Annual report of lunatic asylums [Bombay] - 1912-1922
Year: 1912
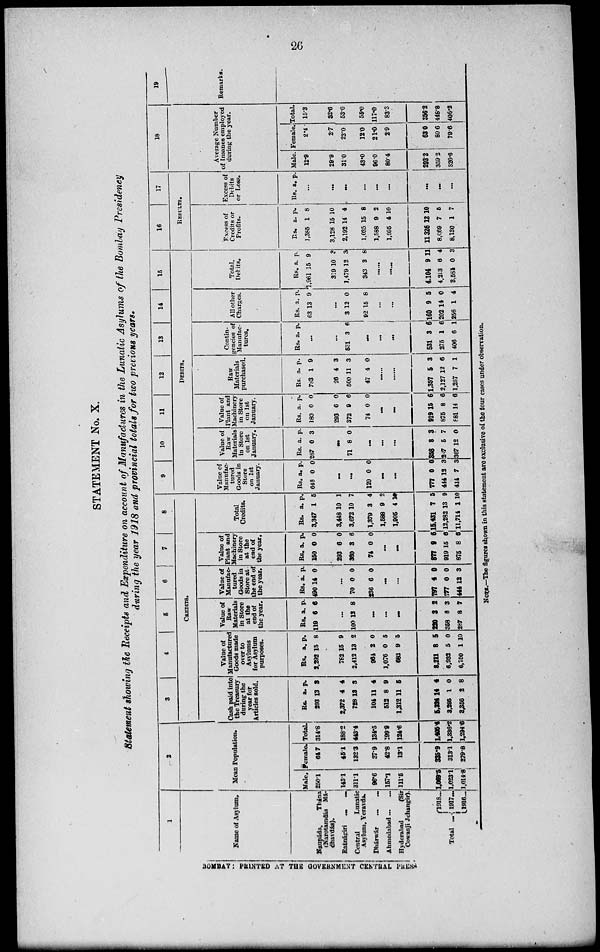
26
STATEMENT No. X.
Statement showing the Receipts and Expenditure on account of Manufactures in the Lunatic Asylums of the Bombay Presidency
during the year 1918 and provincial totals for two previous years.
1
Name of Asylum.
Naupáda,
Thána
(Narotamdás Má-
dhavdás).
Ratnágiri
...
...
Central
Lunatic
Asylum, Yeravda.
Dhárwár
...
...
Ahmedabad ... ...
Hyderabad
(Sir
Cowasji Jehangir).
Total
...
1918 ...
1917 ...
1916 ...
2
Mean Population.
Male.
250.1
143.1
311.1
96.6
157.1
111.5
1,069.5
1,023.1
1,014.8
Female.
64.7
45.1
132.3
37.9
42.8
13.1
335.9
313.1
279.8
Total.
314.8
188.2
443.4
134.5
199.9
124.6
1,405.4
1,336.2
1,294.6
3
4
5
6
7
8
CREDITS.
Cash paid into
the Treasury
during the
year for
Articles sold.
Rs.
293
2,372
728
104
512
1,312
5,324
3,295
3,356
a.
13
4
13
11
8
11
14
1
2
p.
3
4
3
4
9
5
4
0
8
Value of
Manufactured
Goods made
over to
Asylums
for Asylum
purposes.
Rs.
2,292
782
2,412
964
1,076
682
8,211
6,932
6,750
a.
15
15
13
2
0
9
8
5
1
p.
8
9
2
0
5
5
5
0
10
Value of
Raw
Materials
in Store
at the
end of
the year.
Rs.
119
a.
6
p.
6
...
100 12 8
...
...
...
220
358
287
3
8
8
2
3
7
Value of
Manufac-
tured
Goods in
Store at
the end of
the year.
Rs.
490
a.
14
p.
0
...
70
236
0
6
0
0
...
...
797
777
444
4
0
12
0
0
3
Value of
Plant and
Machinery
in Store
at the
end of
the year.
Rs.
150
293
300
74
a.
0
6
3
0
p.
0
0
6
0
...
...
877
919
875
9
15
8 6
6
6
Total
Credits.
Rs.
3,347
3,448
3,672
1,379
1,588
1,995
15,431
12,282
11,714
a.
1
10
10
3
9
4
7
13
1
p.
5
1
7
4
2
10
5
9
10
9
10
11
12
13
14
15
DEBITS.
Value of
Manufac-
tured
Goods in
Store
on 1st
January.
Rs.
648
a.
0
p.
0
...
...
129 0 0
...
...
777
444
414
0
12
7
0
3
3
Value of
Raw
Materials
in Store
on 1st
January.
Rs.
287
a.
0
p.
3
...
71 8 0
...
...
...
358
287
367
8
5
12
3
7
0
Value of
Plant and
Machinery
in Store
on 1st
January.
Rs.
180
293
372
74
a.
0
6
9
0
p.
0
0
6
0
...
...
919
875
881
15
8
14
6
6
6
Raw
Materials
purchased.
Rs.
783
26
500
47
a.
1
4
11
4
p.
9
3
3
0
......
......
1,357
2,127
1,257
5
12
7
3
6
1
Contin-
gencies of
Manufac-
tures.
Rs. a. p.
...
...
531 3 6
...
...
...
531
275
406
3
1
6
6
6
1
All other
Charges.
Rs.
63
a.
13
p.
9
...
3
92
12
15
0
8
...
...
160
202
256
9
14
1
5
0
4
Total,
Debits.
Rs.
1,961
319
1,479
343
a.
15
10
12
3
p.
9
3
3
8
......
......
4,104
4,213
3,584
9
6
0
11
4
3
16
17
RESULTS.
Excess of
Credits or
Profits.
Rs.
1,385
3,128
2,192
1,035
1,588
1,995
11,326
8,069
8,130
a.
1
15
14
15
9
4
12
7
1
p.
8
10
4
8
2
10
10
5
7
Excess of
Debits
or Loss.
Rs. a. p.
...
...
...
...
...
...
...
...
...
18
Average Number
of Insanes employed
during the year.
Male.
12.9
29.9
31.0
43.0
96.0
80.4
293.2
359.2
326.6
Female.
2.4
2.7
22.0
12.0
21.0
2.9
63.0
89 6
79.6
Total.
15.3
32.6
53.0
55.0
117.0
83.3
356.2
448.8
406.2
19
Remarks.
NOTE.—The figures shown in this statement are exclusive of the four cases under observation.
BOMBAY: PRINTED AT THE GOVERNMENT CENTRAL PRESS.